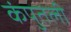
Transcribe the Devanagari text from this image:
कंपुतली